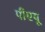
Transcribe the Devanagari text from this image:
पीएयू